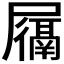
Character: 𫵩